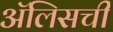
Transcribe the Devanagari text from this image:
ॲलिसची